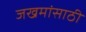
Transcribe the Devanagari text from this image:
जखमांसाठी